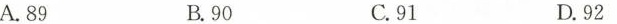
A.89 B.90 C.91 D.92